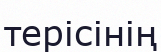
терісінің